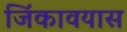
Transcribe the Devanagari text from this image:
जिंकावयास